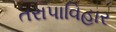
તરાપાવિહાર